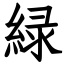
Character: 緑